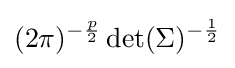
(2\pi )^{-{\frac {p}{2}}}\det(\Sigma )^{-{\frac {1}{2}}}